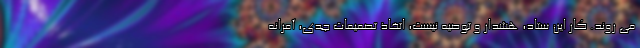
می روند. کار این ستاد، هشدار و توصیه نیست، اتخاذ تصمیمات جدی، آمرانه